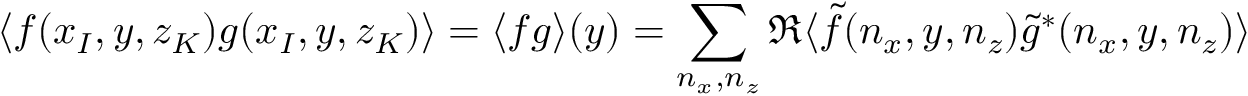
\langle f ( x _ { I } , y , z _ { K } ) g ( x _ { I } , y , z _ { K } ) \rangle = \langle f g \rangle ( y ) = \sum _ { n _ { x } , n _ { z } } \Re \langle \tilde { f } ( n _ { x } , y , n _ { z } ) \tilde { g } ^ { * } ( n _ { x } , y , n _ { z } ) \rangle